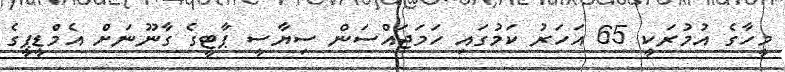
މީހާގެ އުމުރަކީ 65 އަހަރު ކަމުގައި ހަމަޖައްސަން ސިޔާސީ ޕާޓީގެ ގާނޫނަށް އެމްޑީޕީގެ